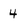
Character: 4